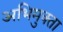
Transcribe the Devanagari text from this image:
अभिमुक्‍ता